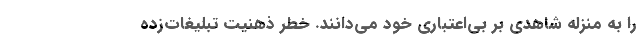
را به منزله شاهدی بر بی‌اعتباری خود می‌دانند. خطر ذهنیت تبلیغات‌زده